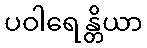
ပဝါရေန္တိယာ